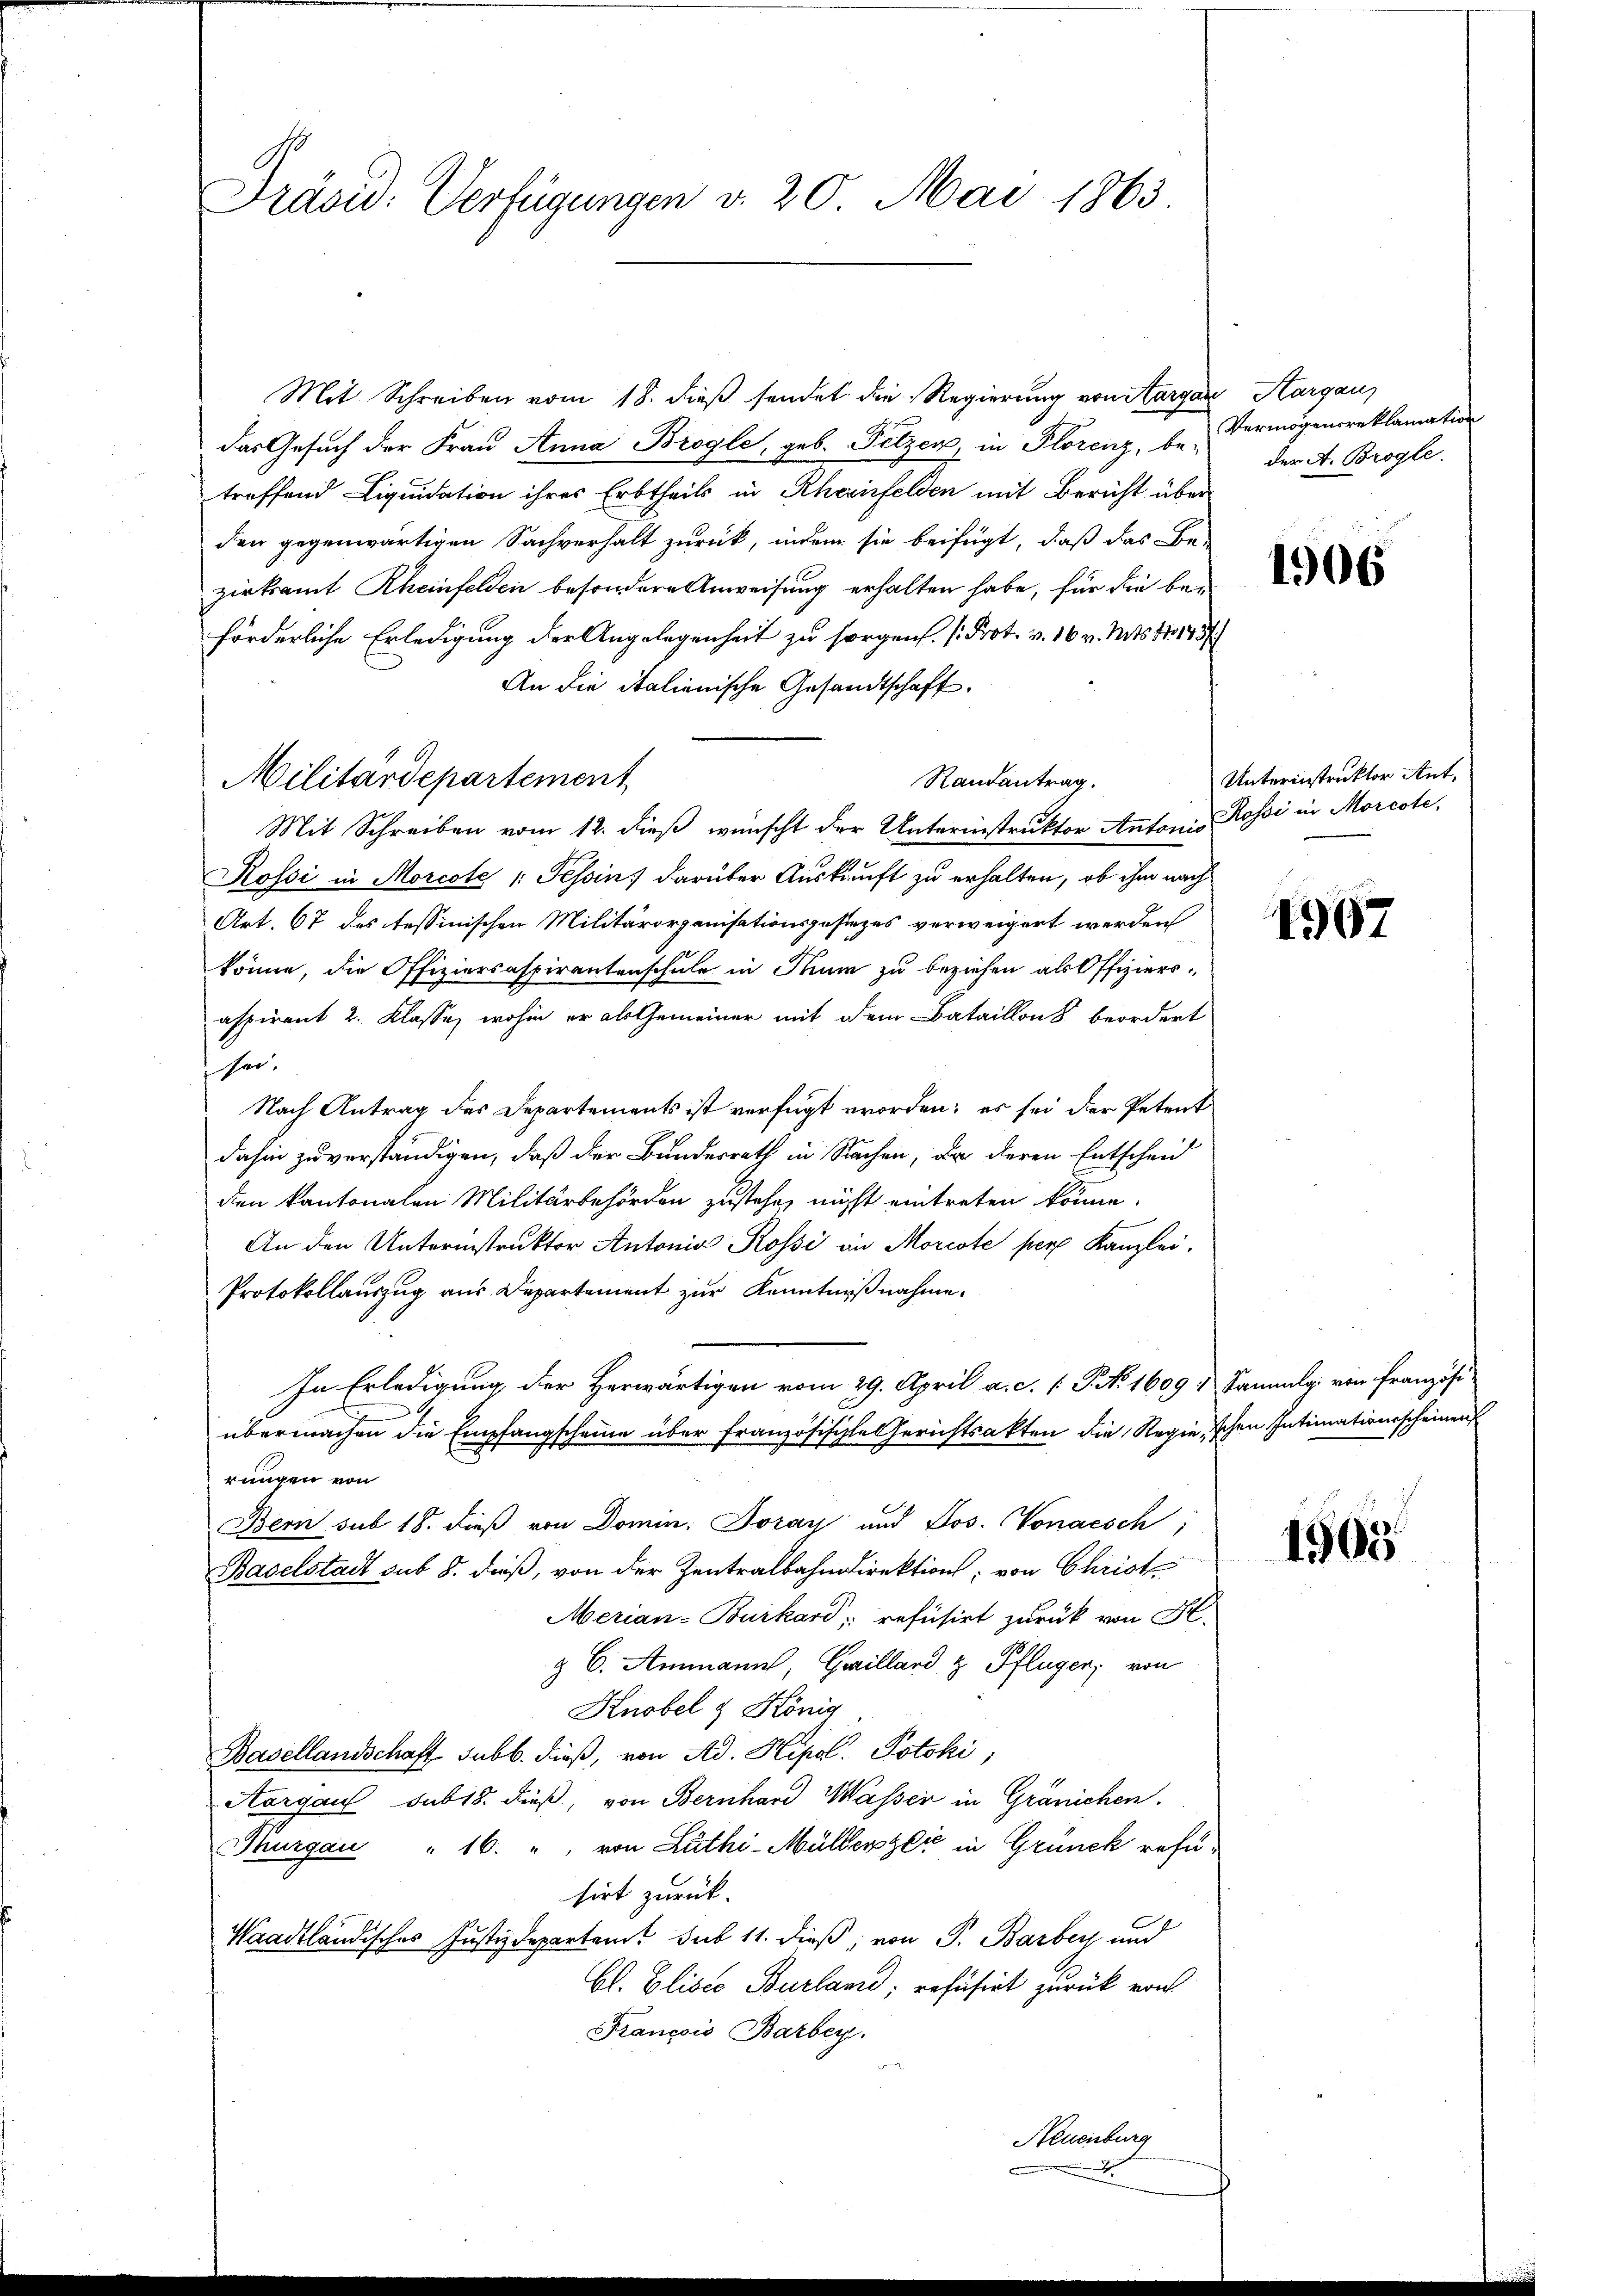
Präsid. Verfügungen v. 20. Mai 1863

Mit Schreiben vom 18. dieß sendet die Regierung von Aargau, Aargau
das Gesuch der Frau Anna Brogle, geb. Fetzen, in Florenz, be-
treffend Liquidation ihres Erbtheils in Rheinfelden mit Bericht über
den gegenwärtigen Sachverhalt zurück, indem sie beifügt, daß das Be-
zirksamt Rheinfelden besondere Anweisung erhalten habe, für die bei
förderliche Erledigung der Angelegenheit zu sorgen (Prot. v. 16 v. Mts. S. 1757
An die italienische Gesandtschaft.
Randantrag.
Mit Schreiben vom 12. dieß wünscht der Unterinstruktor Anton Rossi in Morcote,
Rossi in Morcote (Tessin, darüber Auskunft zu erhalten, ob ihm nach
Art. 67 des tessinischen Militärorganisationsgesezes verweigert werden
könne, die Offiziersaspirantenschule in Thum zu beziehen als Offiziers-
aspirant 2. Klasse, wohin er als Gemeiner mit dem Bataillons beordert
sei.
Nach Antrag des Departements ist verfügt worden; es sei der Petent
dahin zu vorständigen, daß der Bundesrath in Sachen, da deren Entscheid
den kantonalen Militärbehörden zustehe, nicht eintreten könne.
An den Unterinstruktor Antonia Rossi an Morcote per Kanzlei-
Protokollauszug aus Departement zur Kenntnißnahme.
In Erledigung der Herwärtigen vom 29. April a. c. s. S. 1609 & Sammlg. von Französi
übermachen die Empfangscheine über französische Gerichtsakten die Regie, schen Intimationsscheinen
rungen von
Bern sub 18. dieß von Domin: Joray und Jos. Vonaesch
Baselstadt sub 8. dieß, von der Zentralbahndirektions, von Christ
Merian-Burkard, refusirt zurück von H.
z 6. Ammann, Grillard & Pflügen, von
Knobel & König
Basellandschaft subb. dieß, von Ad. Kepol. Potski,
Aargau sub 18. dieß, von Bernhard Wasser in Gränichen.
Thurgau " 16. " von Luthi-Müllenzer in Grünek refu-
sirt zurück-
Waadtländisches Justizdepartent sub 11. dieß, von P. Barbey und
Bl. Elisio Burland, reführet zurück von
Francois Barber.
Neuenburg

Militärdepartement

x

Vermögensreklamation
der A. Brogle.

1906

Unterinstruktor Ant.

4967

1963